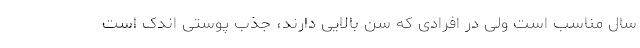
سال مناسب است ولی در افرادی که سن بالایی دارند، جذب پوستی اندک است